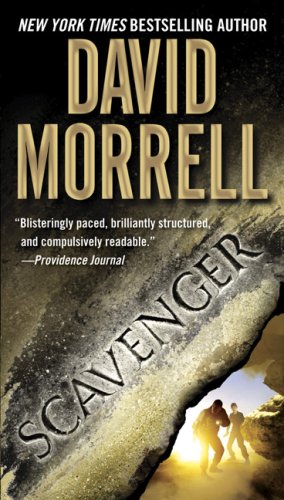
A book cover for Scavenger; David Morrell; Literature & Fiction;